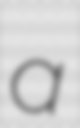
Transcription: a